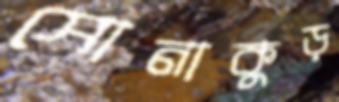
সোনাকুড়